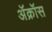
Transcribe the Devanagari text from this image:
ॲक्रॉस